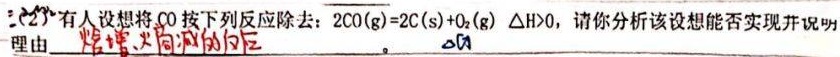
(2) 有人设想将\(\mathrm{CO}\)按下列反应除去：\(2\mathrm{CO}(\mathrm{g}) = 2\mathrm{C}(\mathrm{s})+\mathrm{O}_{2}(\mathrm{g})\ \Delta H>0\)，请你分析该设想能否实现并说明理由\(\underline{\text{焓增、熵减的反应}}\)。